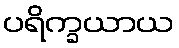
ပရိက္ခယာယ